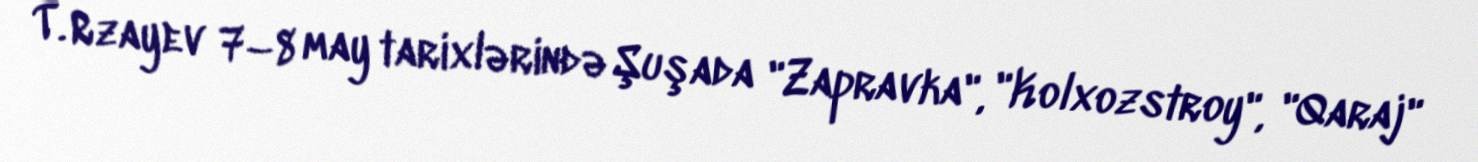
T. Rzayev 7–8 may tarixlərində Şuşada "Zapravka", "Kolxozstroy", "Qaraj"